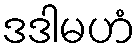
ဒဒါမဟံ